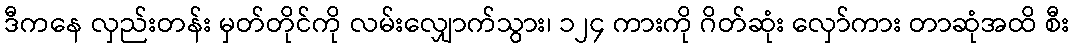
ဒီကနေ လှည်းတန်း မှတ်တိုင်ကို လမ်းလျှောက်သွား၊ ၁၂၄ ကားကို ဂိတ်ဆုံး လှော်ကား တာဆုံအထိ စီး